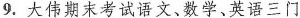
9.大伟期末考试语文、数学、英语三门